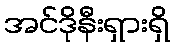
အင်ဒိုနီးရှားရှိ